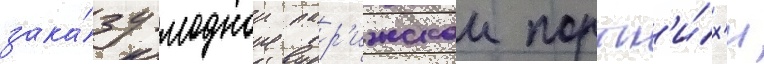
зака́зу моднои пар'ижскои портн'и́х'и